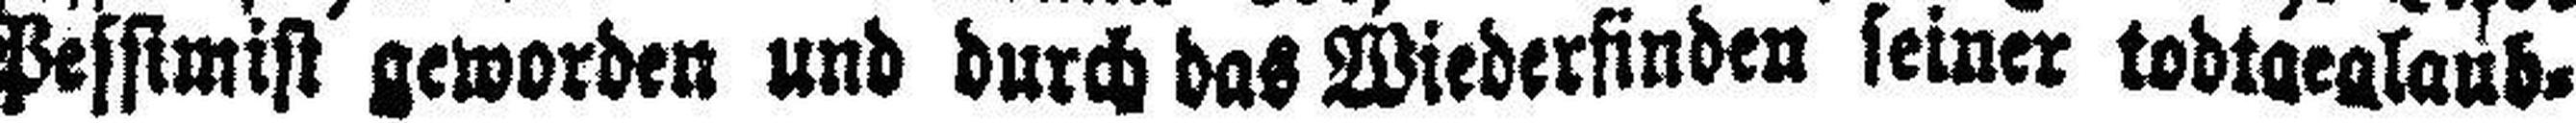
Pessimist geworden und durch das Wiederfinden seiner todtgeglaub¬